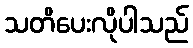
သတိပေးလိုပါသည်